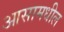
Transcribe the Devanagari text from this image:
आसामधील